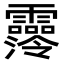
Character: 𩆼